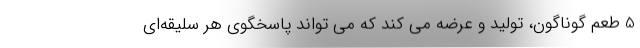
5 طعم گوناگون، تولید و عرضه می کند که می تواند پاسخگوی هر سلیقه‌ای